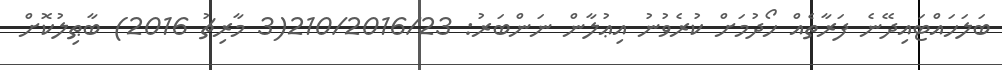
ބަލަހައްޓައިދޭނެ ފަރާތެއް ހޯދުމަށް ކުރެވުނު އިޢުލާން ނަންބަރު: 210/2016/23(3 މާރިޗު 2016) ބާޠިލުކޮށް